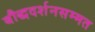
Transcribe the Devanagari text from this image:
बौद्धदर्शनसम्मत